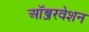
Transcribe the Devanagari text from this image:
ऑब्जरवेशन